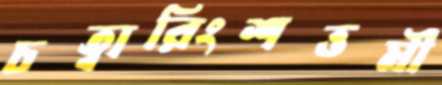
চত্বারিংশত্তমী